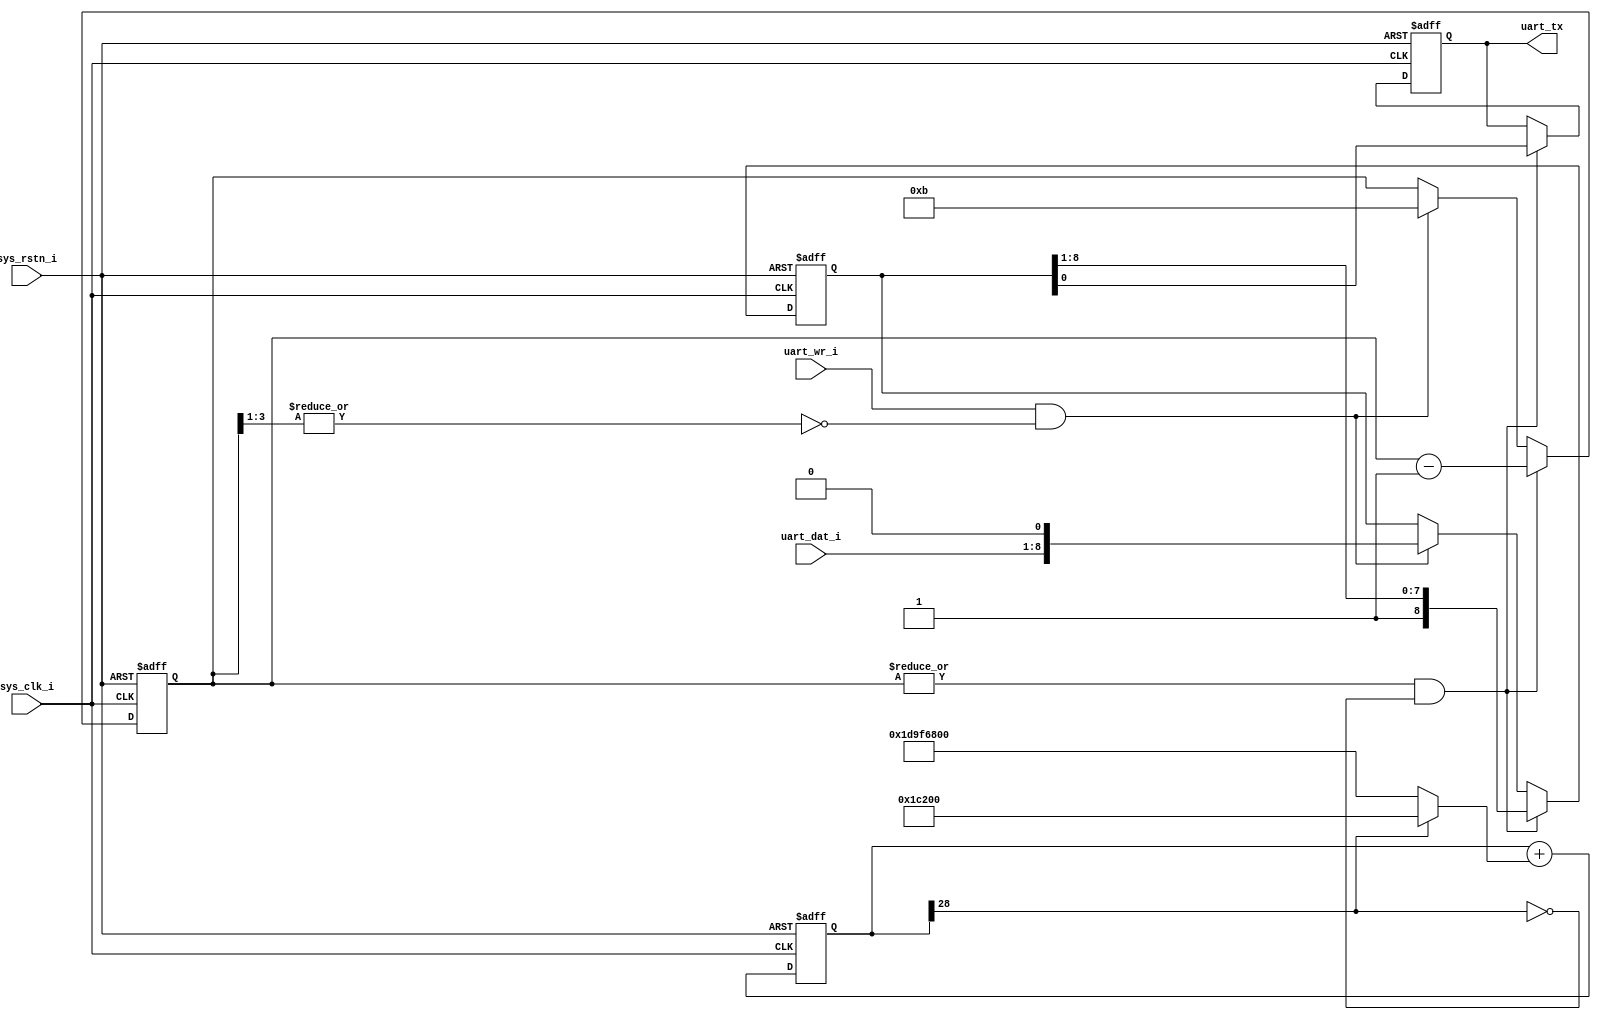
module uart(
   // Outputs
   // uart_busy,   // High means UART is transmitting
   uart_tx,     // UART transmit wire
   // Inputs
   uart_wr_i,   // Raise to transmit byte
   uart_dat_i,  // 8-bit data
   sys_clk_i,   // System clock, 100 MHz
   sys_rstn_i    // System reset
);

  input uart_wr_i;
  input [7:0] uart_dat_i;
  input sys_clk_i;
  input sys_rstn_i;

  // output uart_busy;
  output uart_tx;

  reg [3:0] bitcount;
  reg [8:0] shifter;
  reg uart_tx;

  wire uart_busy = |bitcount[3:1];
  wire sending = |bitcount;

  // sys_clk_i is 100MHz.  We want a 115200Hz clock

  reg [28:0] d;
  wire [28:0] dInc = d[28] ? (115200) : (115200 - 40000000);
  wire [28:0] dNxt = d + dInc;
  always @(posedge sys_clk_i or negedge sys_rstn_i) begin
    if (!sys_rstn_i) begin
        d <= 29'b0;
    end else begin
        d <= dNxt;
    end
  end
  wire ser_clk = ~d[28]; // this is the 115200 Hz clock

  always @(posedge sys_clk_i or negedge sys_rstn_i)
  begin
    if (!sys_rstn_i) begin
      uart_tx <= 1;
      bitcount <= 0;
      shifter <= 0;
    end else begin
      // just got a new byte
      if (uart_wr_i & ~uart_busy) begin
        shifter <= { uart_dat_i[7:0], 1'h0 };
        bitcount <= (1 + 8 + 2);
      end

      if (sending & ser_clk) begin
        { shifter, uart_tx } <= { 1'h1, shifter };
        bitcount <= bitcount - 1;
      end
    end
  end

endmodule